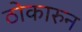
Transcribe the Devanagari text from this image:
ठोकारुन